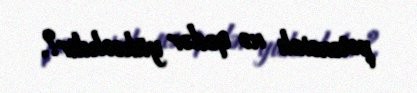
potensialı nə qədər yüksəkdir?.